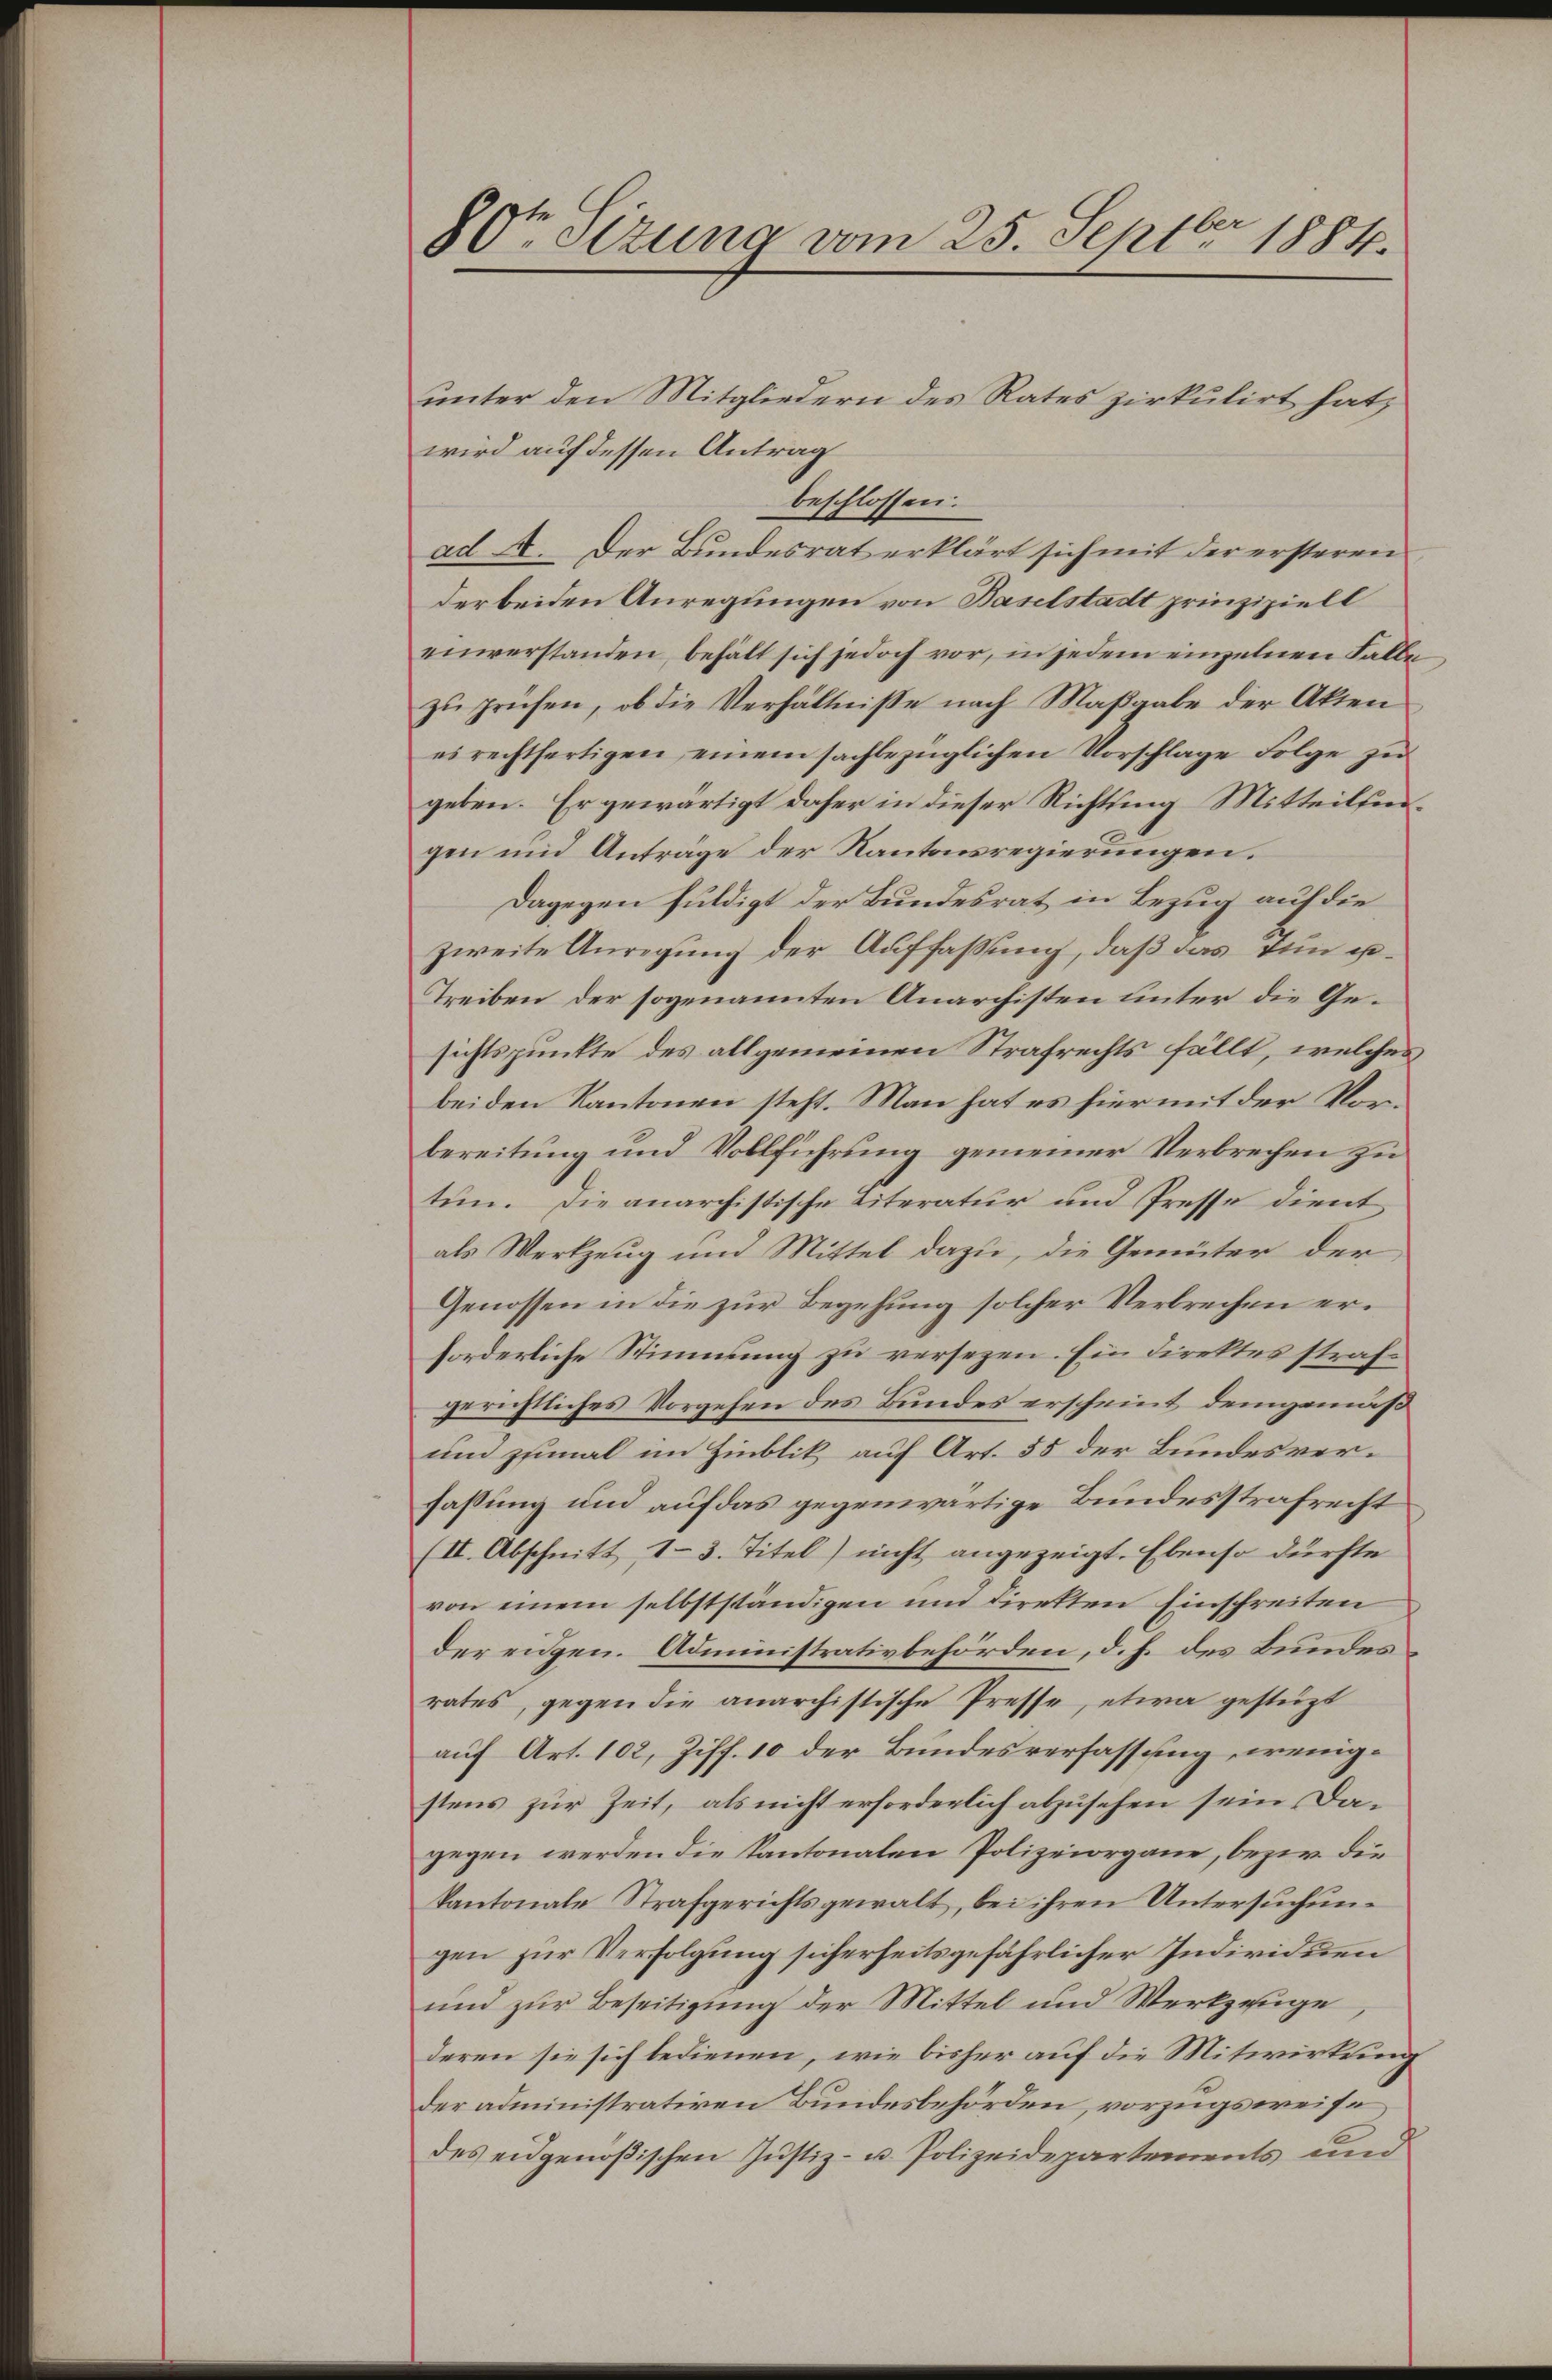
80ten Sizung vom 25. Septbr 1884.

unter den Mitgliedern des Rates zirkulirt hat,
wird auf dessen Antrag
beschlossen.
ad A. Der Bundesrat erklärt sich mit der ersteren
der beiden Anregungen von Baselstadt prinzipiell
einverstanden, behält sich jedoch vor, in jedem einzelnen Falle
zu prüfen, ob die Verhältnisse nach Maßgabe der Akten
es rechtfertigen einem sachbezüglichen Vorschlage Folge zu
geben. Er gewärtigt daher in dieser Richtsing Mitteilsengen und Anträge der Kantonsregierungen.
Dagegen huldigt der Bundesrat in Bezug auf die
zweite Anregung der Auffassung, daß das ein p¬
Treiben der sogenannten Anarchisten unter die Gesichtspunkte des allgemeinen Strafrechts fällt, welches
beiden Kantonen steht. Man hat es hier mit der Vorbereitung und Vollführung gemeiner Verbrechen zu
tun. Die anarchistische Literatur und Presse dient
als Werkzeug und Mittel dazu, die Gemüter der
Genossen in die zur Begehung solcher Verbrechen erforderliche Stimmung zu versezen. Ein Direktes strafgerichtliches Vorgehen des Bundes erscheint, demgemäß
und zumal im Hinblik auf Art. 55 der Bundesverfassung und auf das gegenwärtige Bundesstrafrecht
(II. Abschnitt I 3. Titel) nicht angezeigt. Ebenso dürfte
von einem selbstständigen um diretten Einschreiten
der eidgen. Administrativbehörden, d. h. des Bundes
rates, gegen die anarchistische Presse, etwa gestüzt
auf Art. 102, Ziff. 10 der Bundesverfassung wenigstens zur Zeit, als nicht erforderlich abzusehen sein, dagegen werden die Kantonalen Polizeiorgane, bezw. die
kantonale Strafgerichtsgewalt, bei ihren Untersuchungen zur Verfolgung sicherheitsgefährlicher Individuen
und zur Beseitigung der Mittel und Werkzeuge
deren sie sich bedienen, wie bisher auf die Mitwirkung
der administrativen Bundesbehörden, vorzugsweise
des eidgenößischen Justiz- u. Polizeidepartements und